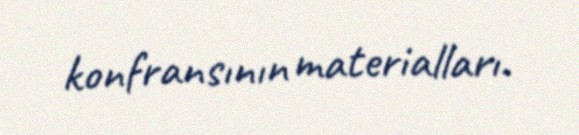
konfransının materialları.